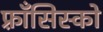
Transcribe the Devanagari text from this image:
फ़्राँसिस्को